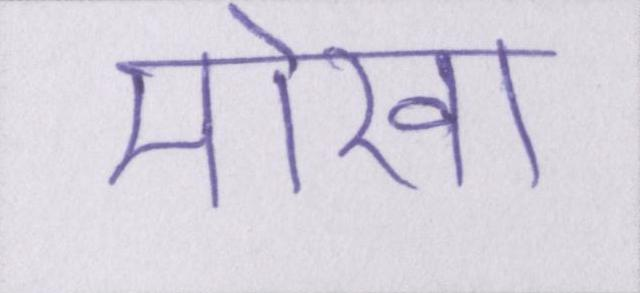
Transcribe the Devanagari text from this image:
मोखा